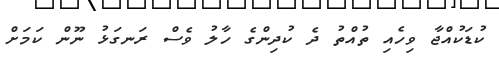
ކުޑަކުއްޖާ ވިހެއި ތުއްތު ދެ ކުދިންގެ ހާލު ވެސް ރަނގަޅު ނޫން ކަމަށް